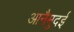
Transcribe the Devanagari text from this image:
आनैमुदई